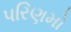
પરિણમો